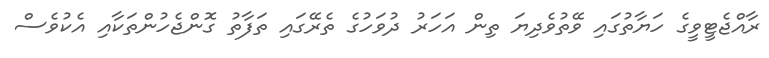
ރާއްޖެޓީވީގެ ހަޔާތުގައި ވޭތުވެދިޔަ ތިން އަހަރު ދުވަހުގެ ތެރޭގައި ތަފާތު ގޮންޖެހުންތަކާއި އެކުވެސް